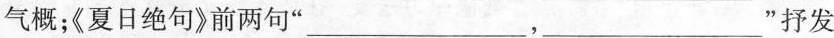
气概；《夏日绝句》前两句”___，___”抒发